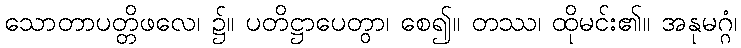
သောတာပတ္တိဖလေ၊ ၌။ ပတိဋ္ဌာပေတွာ၊ စေ၍။ တဿ၊ ထိုမင်း၏။ အနုမဂ္ဂံ၊